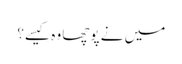
میں نے پوچھا وہ کیسے؟